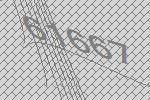
61667